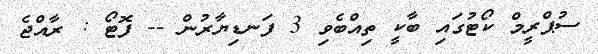
ސުޕްރީމް ކޯޓުގައި ބާކީ ތިއްބެވި 3 ފަނޑިޔާރުން -- ފޮޓޯ : ރާއްޖެ